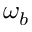
\omega _ { b }